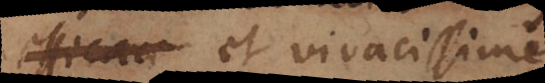
efficaci et vivacissime,